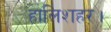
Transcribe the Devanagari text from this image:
हालिशहर।